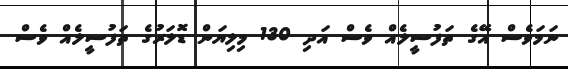
ނަމަވެސް އޭގެ ތަފުސީލެއް ވެސް އަދި 130 މިލިޔަން ޑޮލަރުގެ ތަފުސީލެއް ވެސް